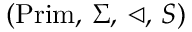
( { \mathrm { P r i m } } , \, \Sigma , \, \triangleleft , \, S )